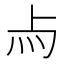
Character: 𤆛